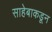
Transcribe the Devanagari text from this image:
साहेबाकडून